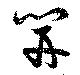
開